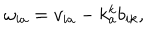
LaTeX: \omega _ { i a } = v _ { i a } - k _ { a } ^ { k } b _ { i k } ,